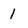
Character: I